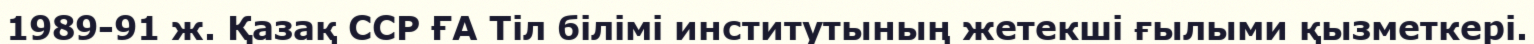
1989-91 ж. Қазақ ССР ҒА Тіл білімі институтының жетекші ғылыми қызметкері.